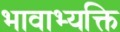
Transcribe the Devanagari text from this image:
भावाभ्यक्ति